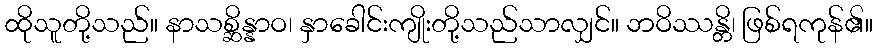
ထိုသူတို့သည်။ နာသစ္ဆိန္နာဝ၊ နှာခေါင်းကျိုးတို့သည်သာလျှင်။ ဘဝိဿန္တိ၊ ဖြစ်ရကုန်၏။